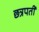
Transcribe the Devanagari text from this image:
छत्रपतीं